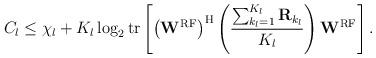
LaTeX: \begin{align*}C_l \leq \chi_{l} + K_l \log_2 \mathrm{tr}\left[ \left(\mathbf{W}^{\mathrm{RF}}\right)^\mathrm{H} \left(\frac{\sum_{k_l=1}^{K_l} \mathbf{R}_{k_l}}{K_l} \right) \mathbf{W}^{\mathrm{RF}} \right].\end{align*}